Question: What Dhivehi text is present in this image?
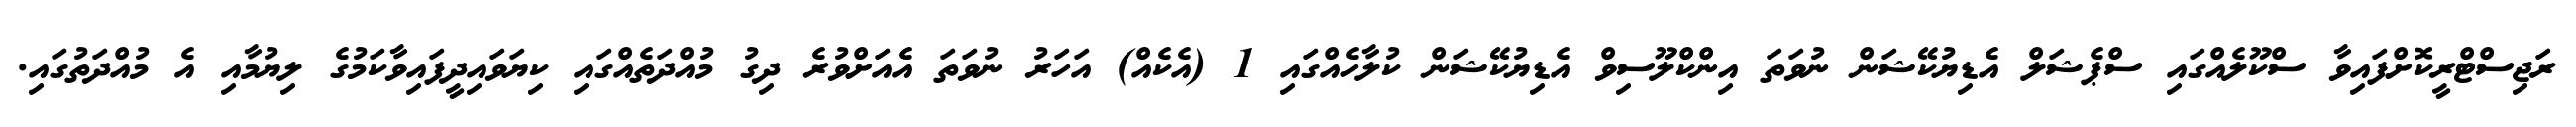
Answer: ރަޖިސްޓްރީކޮށްފައިވާ ސްކޫލެއްގައި ސްޕެޝަލް އެޑިޔުކޭޝަން ނުވަތަ އިންކްލޫސިވް އެޑިޔުކޭޝަން ކުލާހެއްގައި 1 (އެކެއް) އަހަރު ނުވަތަ އެއަށްވުރެ ދިގު މުއްދަތެއްގައި ކިޔަވައިދީފައިވާކަމުގެ ލިޔުމާއި އެ މުއްދަތުގައި.